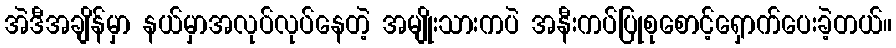
အဲဒီအချိန်မှာ နယ်မှာအလုပ်လုပ်နေတဲ့ အမျိုးသားကပဲ အနီးကပ်ပြုစုစောင့်ရှောက်ပေးခဲ့တယ်။